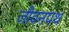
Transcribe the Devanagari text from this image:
जीवनपथ